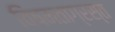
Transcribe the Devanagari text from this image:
विषमताग्रस्त